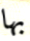
بها